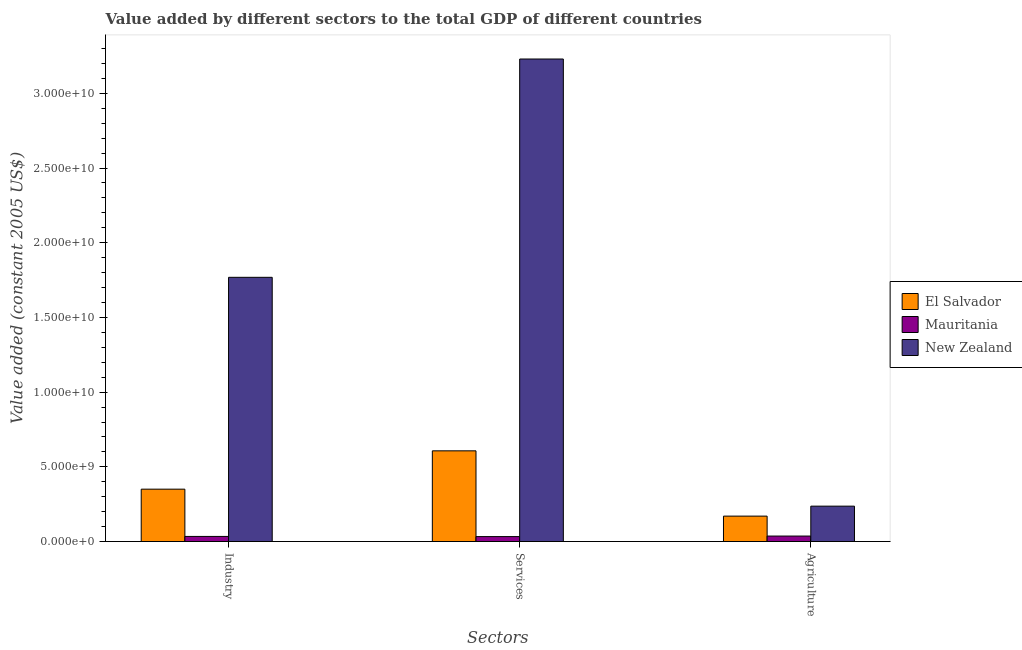
| Sectors | El Salvador | Mauritania | New Zealand |
 | --- | --- | --- | --- |
 | Industry | 3.51e+09 | 3.44e+08 | 1.77e+10 |
 | Services | 6.07e+09 | 3.33e+08 | 3.23e+10 |
 | Agriculture | 1.7e+09 | 3.69e+08 | 2.37e+09 |